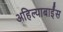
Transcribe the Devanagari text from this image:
अहिल्याबाईंस